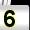
Digit: 5